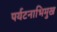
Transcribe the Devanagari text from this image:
पर्यटनाभिमुख